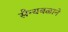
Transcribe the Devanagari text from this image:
सैन्यबळाने